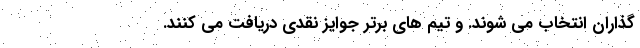
گذاران انتخاب می شوند. و تیم های برتر جوایز نقدی دریافت می کنند.